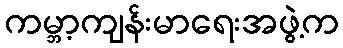
ကမ္ဘာ့ကျန်းမာရေးအဖွဲ့က